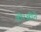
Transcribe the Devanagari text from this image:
वीरश्रीने